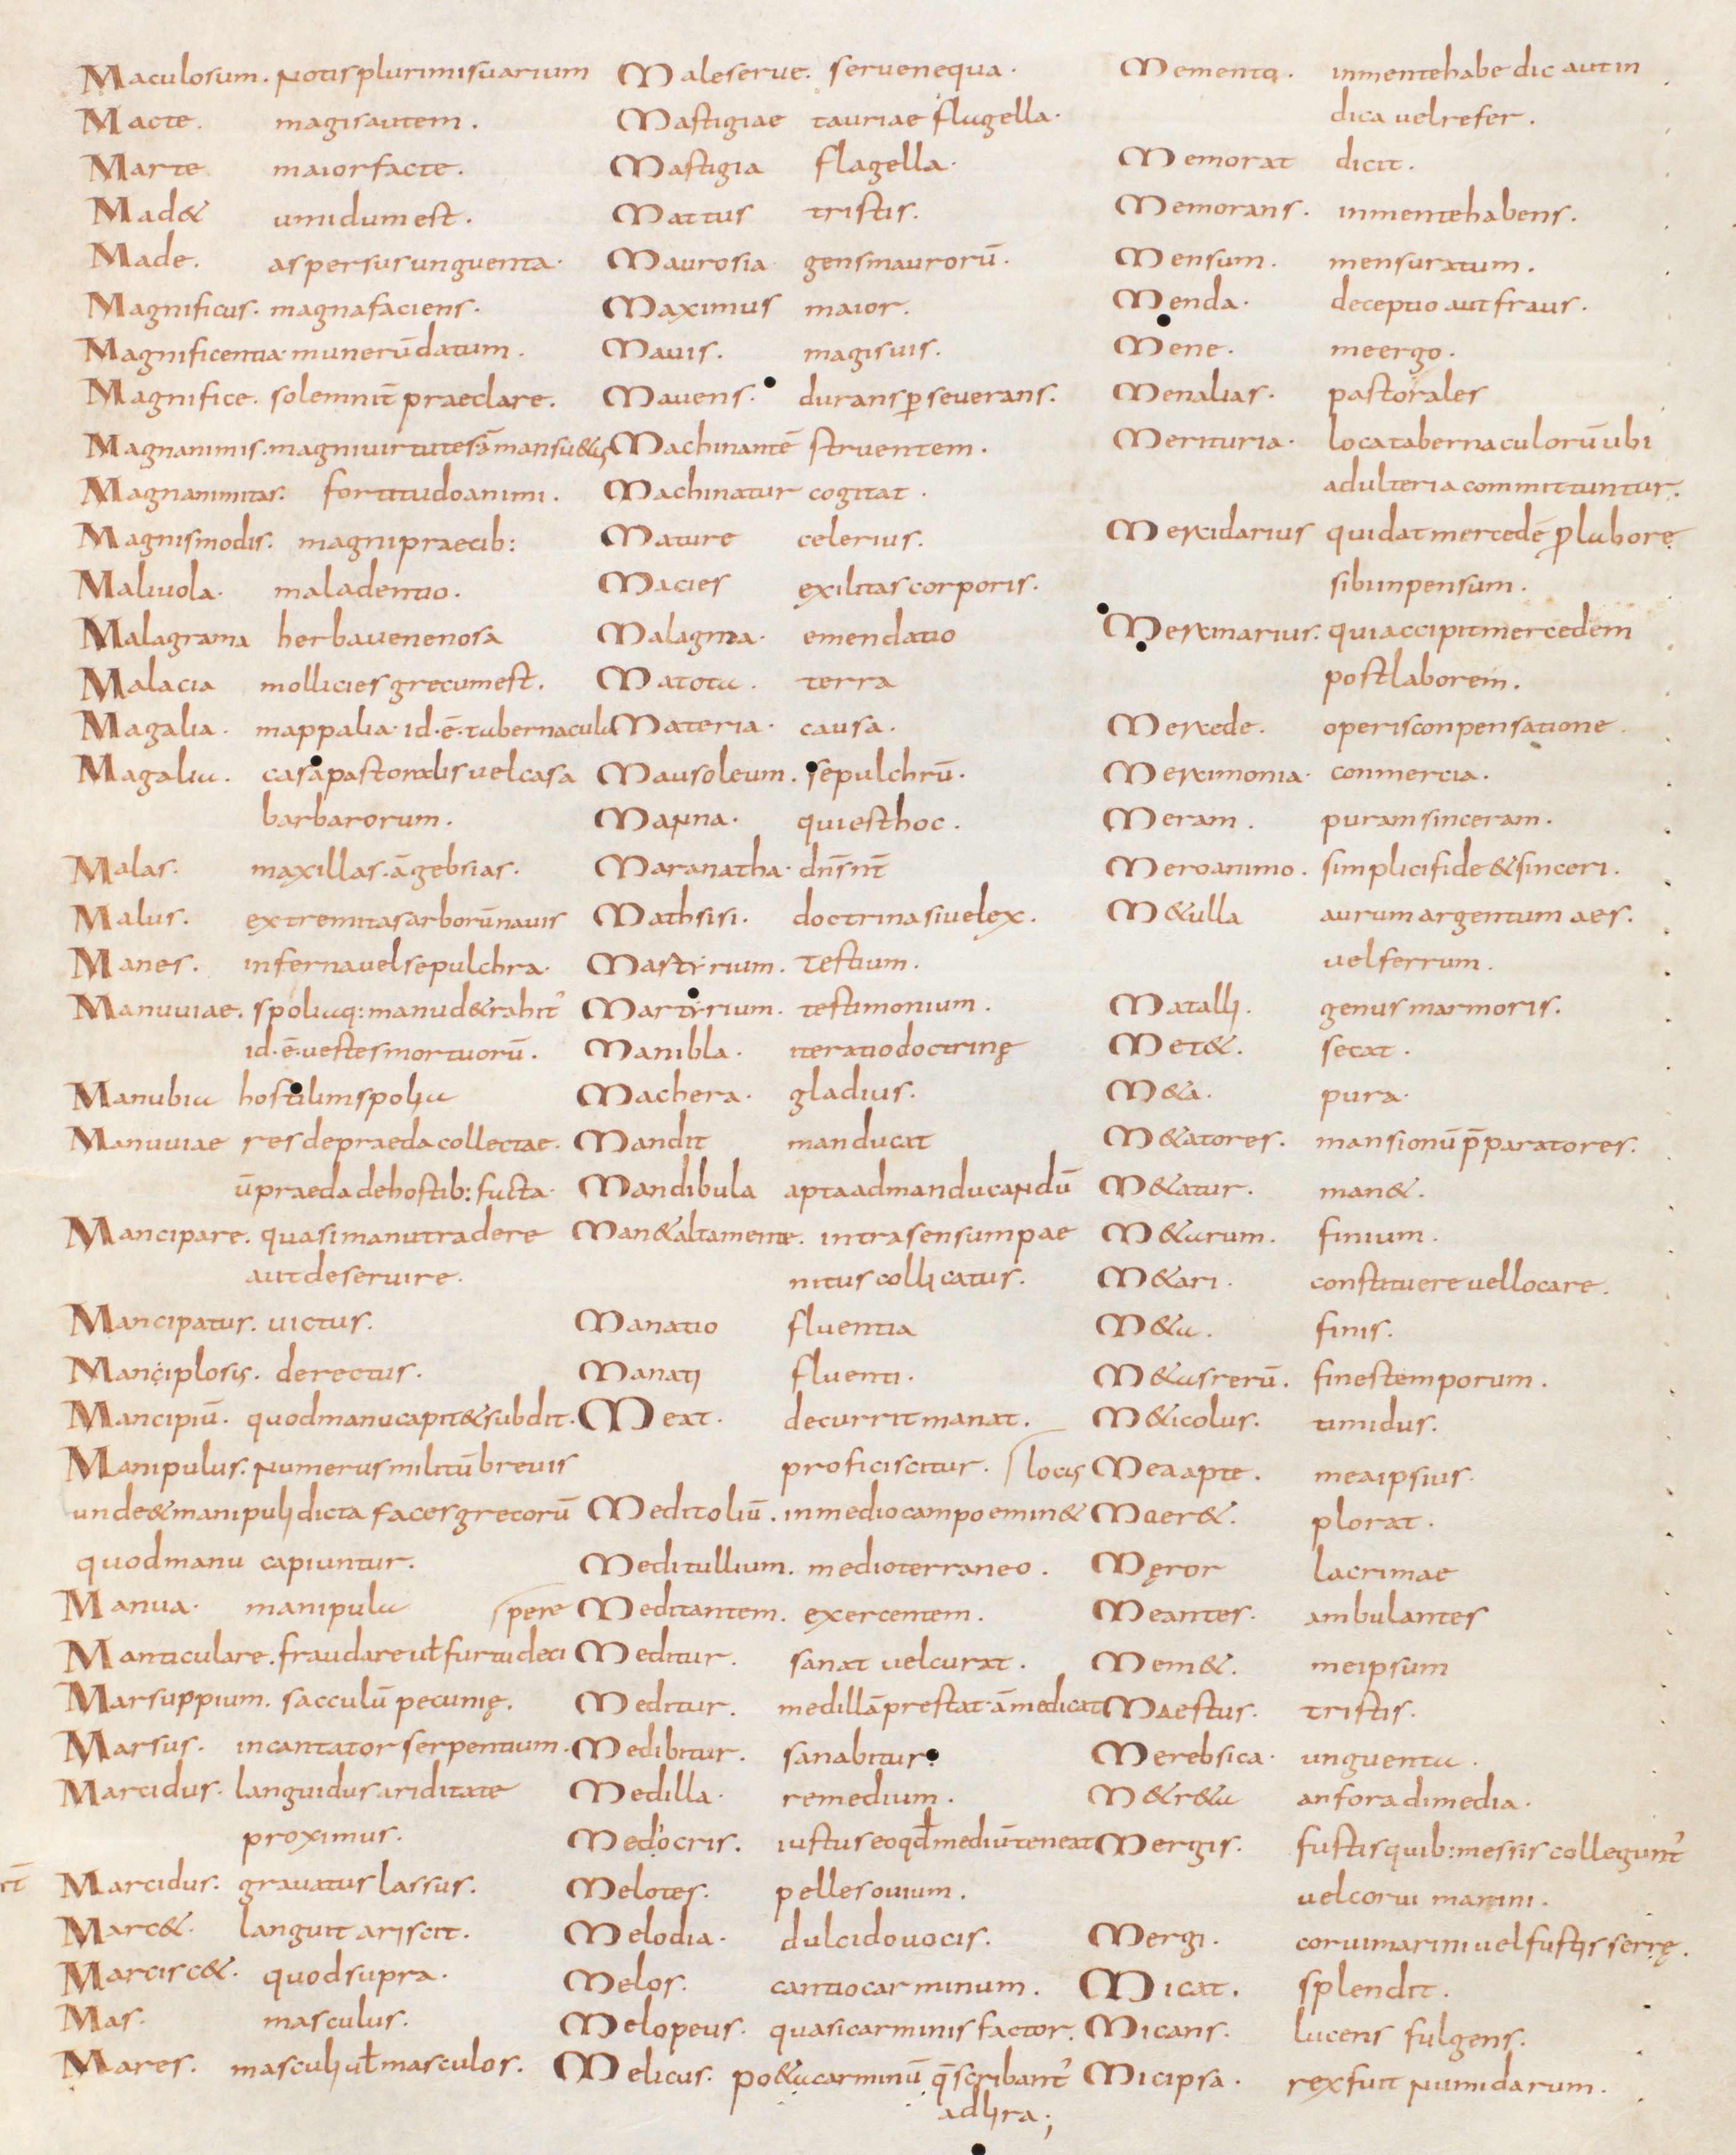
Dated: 800–829